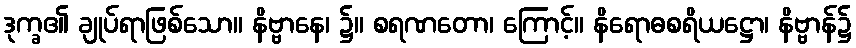
ဒုက္ခ၏ ချုပ်ရာဖြစ်သော။ နိဗ္ဗာနေ၊ ၌။ စရဏတော၊ ကြောင့်။ နိရောဓစရိယဋ္ဌော၊ နိဗ္ဗာန်၌